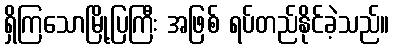
ရှိကြသောမြို့ပြကြီး အဖြစ် ရပ်တည်နိုင်ခဲ့သည်။